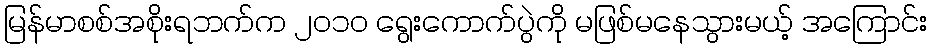
မြန်မာစစ်အစိုးရဘက်က ၂၀၁၀ ရွေးကောက်ပွဲကို မဖြစ်မနေသွားမယ့် အကြောင်း